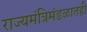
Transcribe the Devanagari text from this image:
राज्यमंत्रिमंडळातही